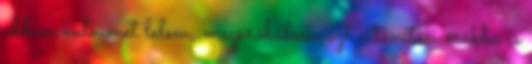
abban kedvemet lelem, megpróbálom azt a tanítási órákba is